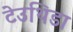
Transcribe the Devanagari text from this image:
टेउथिडा